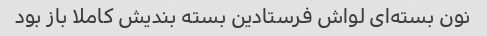
نون بسته‌ای لواش فرستادین بسته بندیش کاملا باز بود